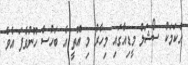
އެކަމަކު ސޯޝަލް މީޑިއާގައި މިހާރު މި އޮތީ އެ ބަހުސް ހޫނުވެފަ އެވެ.